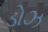
ડોઝ